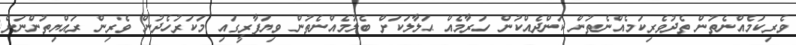
ވެރިކަމެއްނެތުން ތެދުވެރިކަމެއްނެތުން ކަންދެއްކުން ހަރާމެއް ޙަލާލަކަށް ބެލުމެއްނެތުން ވިޔަފާރީގައި މަކަރުހެދުން ވެރިން ރައްޔިތުންނަށް